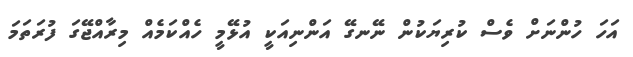
އަހަ ހުންނަށް ވެސް ކުރިޔަކުން ނޭނގޭ އަންނިއަކީ އުޅޭމީ ހެއްކަމެއް މިރާއްޖޭގަ ފުރަތަމަ